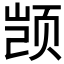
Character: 𫖮